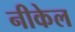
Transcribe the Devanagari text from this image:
नीकेल